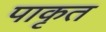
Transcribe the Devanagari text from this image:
पाकृत